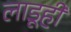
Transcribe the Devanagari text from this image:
लाडूही